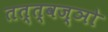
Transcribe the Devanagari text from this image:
तत्त्वज्ञो